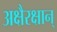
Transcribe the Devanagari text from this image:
अक्षैरक्षान्